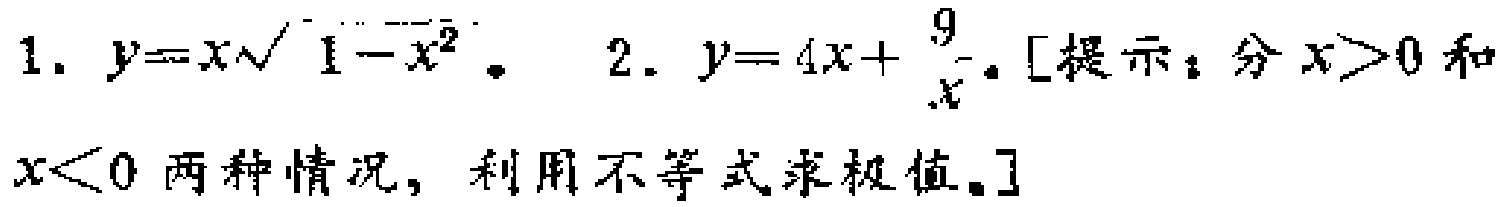
1. \(y = x\sqrt{1 - x^{2}}\)。 2. \(y = 4x+\frac{9}{x}\)。[提示：分\(x > 0\)和\(x < 0\)两种情况，利用不等式求极值。]